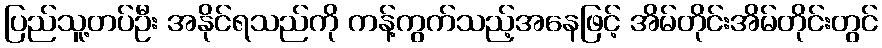
ပြည်သူ့တပ်ဦး အနိုင်ရသည်ကို ကန့်ကွက်သည့်အနေဖြင့် အိမ်တိုင်းအိမ်တိုင်းတွင်